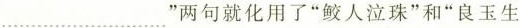
___”两句就化用了”鲛人泣珠”和”良玉生